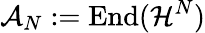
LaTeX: \mathcal{A}_{N}:=\mathrm{End}(\mathcal{H}^{N})